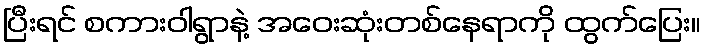
ပြီးရင် စကားဝါရွာနဲ့ အဝေးဆုံးတစ်နေရာကို ထွက်ပြေး။